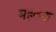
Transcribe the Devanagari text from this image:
महत्म्य